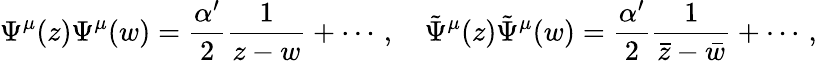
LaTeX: \Psi^{\mu}(z)\Psi^{\mu}(w)=\frac{\alpha^{\prime}}{2}\frac{1}{z-w}+\cdots\, ,\quad\tilde{\Psi}^{\mu}(z)\tilde{\Psi}^{\mu}(w)=\frac{\alpha^{\prime}}{2}\frac{1}{\bar{z}-\bar{w}}+\cdots\, ,